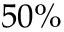
5 0 \%